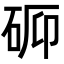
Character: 𬒉